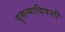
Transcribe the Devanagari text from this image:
दुसर्‍यादिवशी